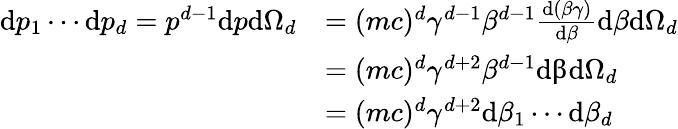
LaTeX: {\begin{array}{rl}{\mathrm{d}p_{1}\cdots\mathrm{d}p_{d}=p^{d-1}\mathrm{d}p\mathrm{d}\Omega_{d}}&{=(mc)^{d}\gamma^{d-1}\beta^{d-1}{\frac{\mathrm{d}(\beta\gamma)}{\mathrm{d}\beta}}\mathrm{d}\beta\mathrm{d}\Omega_{d}}\\ &{=(mc)^{d}\gamma^{d+2}\beta^{d-1}{\mathrm{dβd}}\Omega_{d}}\\ &{=(mc)^{d}\gamma^{d+2}\mathrm{d}\beta_{1}\cdots\mathrm{d}\beta_{d}}\end{array}}